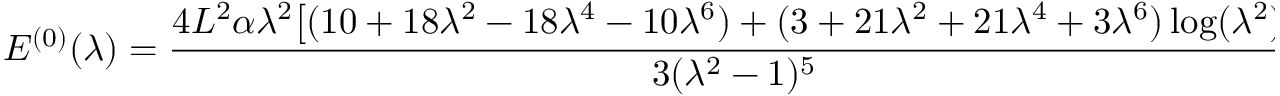
E ^ { ( 0 ) } ( \lambda ) = \frac { 4 L ^ { 2 } \alpha \lambda ^ { 2 } \bigl [ ( 1 0 + 1 8 \lambda ^ { 2 } - 1 8 \lambda ^ { 4 } - 1 0 \lambda ^ { 6 } ) + ( 3 + 2 1 \lambda ^ { 2 } + 2 1 \lambda ^ { 4 } + 3 \lambda ^ { 6 } ) \log ( \lambda ^ { 2 } ) \bigr ] } { 3 ( \lambda ^ { 2 } - 1 ) ^ { 5 } } ,